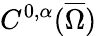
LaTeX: C^{0,\alpha}({\overline{{\Omega}}})